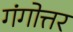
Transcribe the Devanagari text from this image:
गंगोत्तर